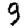
Digit: 9